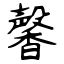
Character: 馨